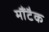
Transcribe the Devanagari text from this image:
मौंटैक